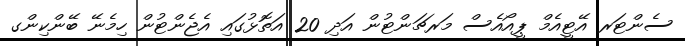
ސެންޓަރ އޭޓީއެމް ޕީއޯއެސް މަރޗަންޓުން އަދި 20 އަތޮޅުގައި އެޖެންޓުން ހިމެނޭ ބޭންކިންގ